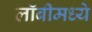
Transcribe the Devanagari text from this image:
लॉबीमध्ये